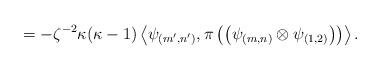
LaTeX: \begin{align*}\hspace*{2.5cm}= -\zeta^{-2} \kappa (\kappa -1) \left\langle\psi_{(m',n')},\pi\left(\left(\psi_{(m,n)}\otimes\psi_{(1,2)}\right)\right)\right\rangle.\end{align*}